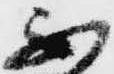
不